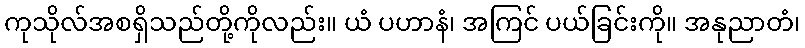
ကုသိုလ်အစရှိသည်တို့ကိုလည်း။ ယံ ပဟာနံ၊ အကြင် ပယ်ခြင်းကို။ အနုညာတံ၊